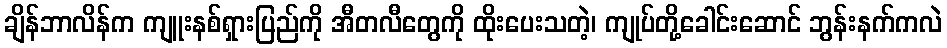
ချိန်ဘာလိန်က ကျူးနစ်ရှားပြည်ကို အီတလီတွေကို ထိုးပေးသတဲ့၊ ကျုပ်တို့ခေါင်းဆောင် ဘွန်းနက်ကလဲ